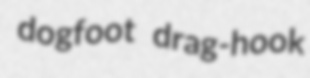
dogfoot drag-hook